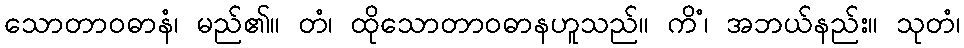
သောတာဝဓာနံ၊ မည်၏။ တံ၊ ထိုသောတာဝဓာနဟူသည်။ ကိံ၊ အဘယ်နည်း။ သုတံ၊